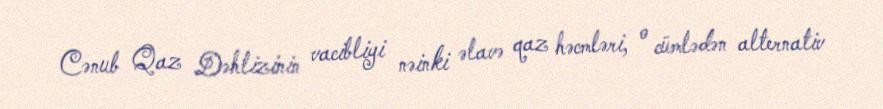
Cənub Qaz Dəhlizinin vacibliyi nəinki əlavə qaz həcmləri, o cümlədən alternativ